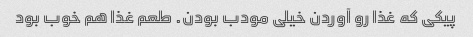
پیکی که غذا رو آوردن خیلی مودب بودن. طعم غذا هم خوب بود